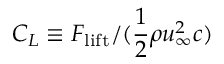
C _ { L } \equiv { F _ { \mathrm { l i f t } } } / { ( \frac { 1 } { 2 } \rho u _ { \infty } ^ { 2 } c ) }